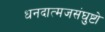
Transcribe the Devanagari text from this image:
धनदात्मजसंघुष्टो